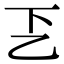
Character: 乤